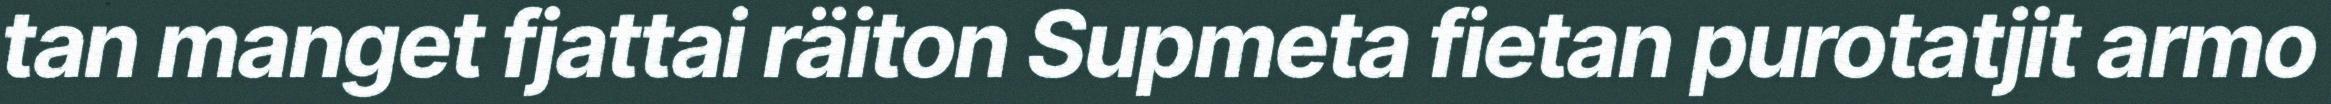
tan manget fjattai räiton Supmeta fietan purotatjit armo